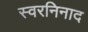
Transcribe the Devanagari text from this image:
स्वरनिनाद